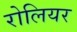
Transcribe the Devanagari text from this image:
रोलियर